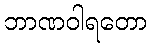
ဘာဏဝါရတော